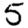
Digit: 5